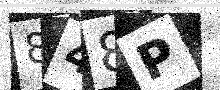
Text: 848P